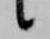
候